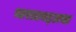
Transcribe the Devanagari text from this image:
भारताबद्दलचा